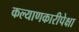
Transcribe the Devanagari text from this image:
कल्याणकारीपेक्षा